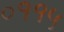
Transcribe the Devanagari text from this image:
०११५